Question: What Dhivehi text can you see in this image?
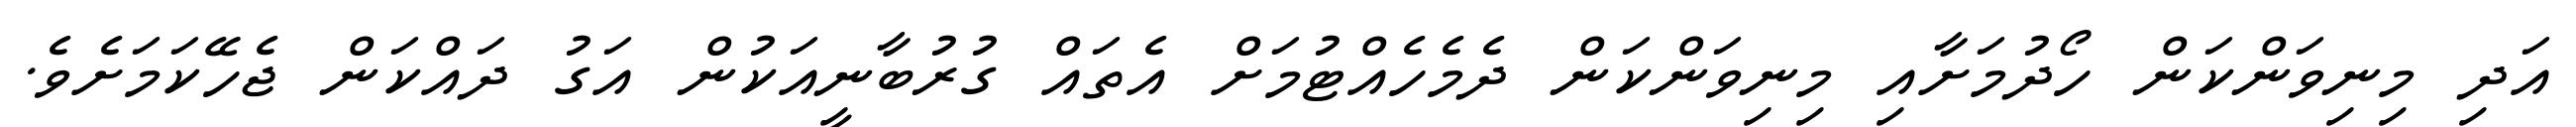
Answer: އަދި މިނިވަންކަން ހޯދުމަށާއި މިނިވަންކަން ދެމެހެއްޓުމަށް އެތައް ގުރުބާނީއަކުން އަގު ދައްކަން ޖެހޭކަމަށެވެ.